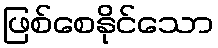
ဖြစ်စေနိုင်သော